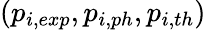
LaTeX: (p_{i,exp},p_{i,ph},p_{i,th})